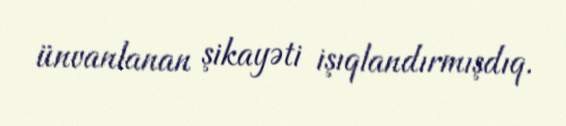
ünvanlanan şikayəti işıqlandırmışdıq.